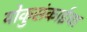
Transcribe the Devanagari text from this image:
योकुसंकाईचा